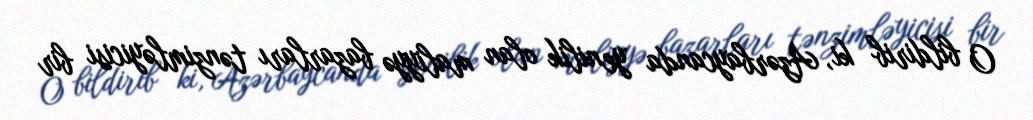
O bildirib ki, Azərbaycanda yenilik olan maliyyə bazarları tənzimləyicisi bir